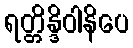
ရတ္တိန္ဒိဝါနိပေ